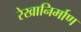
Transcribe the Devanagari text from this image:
रेखानिर्माण